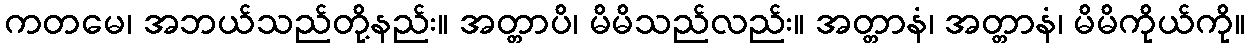
ကတမေ၊ အဘယ်သည်တို့နည်း။ အတ္တာပိ၊ မိမိသည်လည်း။ အတ္တာနံ၊ အတ္တာနံ၊ မိမိကိုယ်ကို။